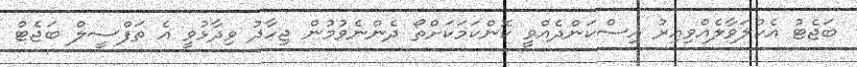
ބަޖެޓު އެކުލަވާލެއްވިއިރު އިސްކަންދެއްވީ ކޮންކަމަކަށްތޯ ދެންނެވުމުން ޖިހާދު ވިދާޅުވީ އެ ތަފްސީލް ބަޖެޓް